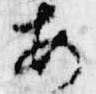
安